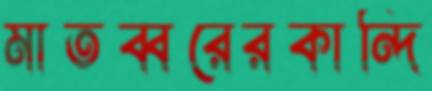
মাতব্বরেরকান্দি